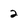
Character: 2